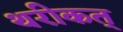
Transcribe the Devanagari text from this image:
थरीकत्